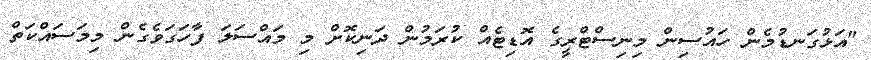
"އަޅުގަނޑުމެން ހައުސިން މިނިސްޓްރީގެ އޮޑިޓެއް ކުރަމުން ދަނިކޮށް މި މައްސަލަ ފާހަގަވެގެން މިމަސައްކަތް